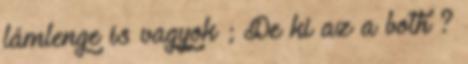
lámlenge is vagyok ; De ki az a both ?